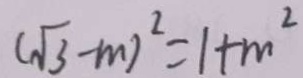
( \sqrt { 3 } - m ) ^ { 2 } = 1 + m ^ { 2 }